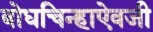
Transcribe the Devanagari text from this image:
बोधचिन्हाऐवजी